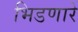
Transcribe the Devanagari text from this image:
भिडणारे